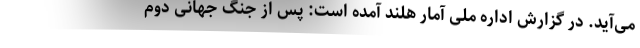
می‌آید. در گزارش اداره ملی آمار هلند آمده است: پس از جنگ جهانی دوم